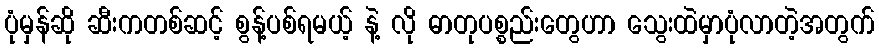
ပုံမှန်ဆို ဆီးကတစ်ဆင့် စွန့်ပစ်ရမယ့် နဲ့ လို ဓာတုပစ္စည်းတွေဟာ သွေးထဲမှာပုံလာတဲ့အတွက်